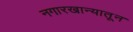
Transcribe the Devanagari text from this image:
नगारखान्यातून